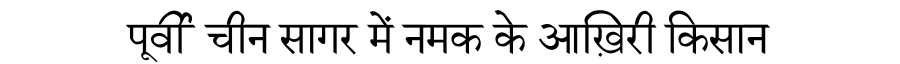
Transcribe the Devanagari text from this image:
पूर्वी चीन सागर में नमक के आख़िरी किसान